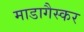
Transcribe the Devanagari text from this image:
माडागैस्कर